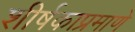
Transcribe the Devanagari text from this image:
शीर्षकाप्रमाणे